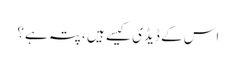
اس کے ڈیڈی کیسے ہیں ، پتہ ہے؟